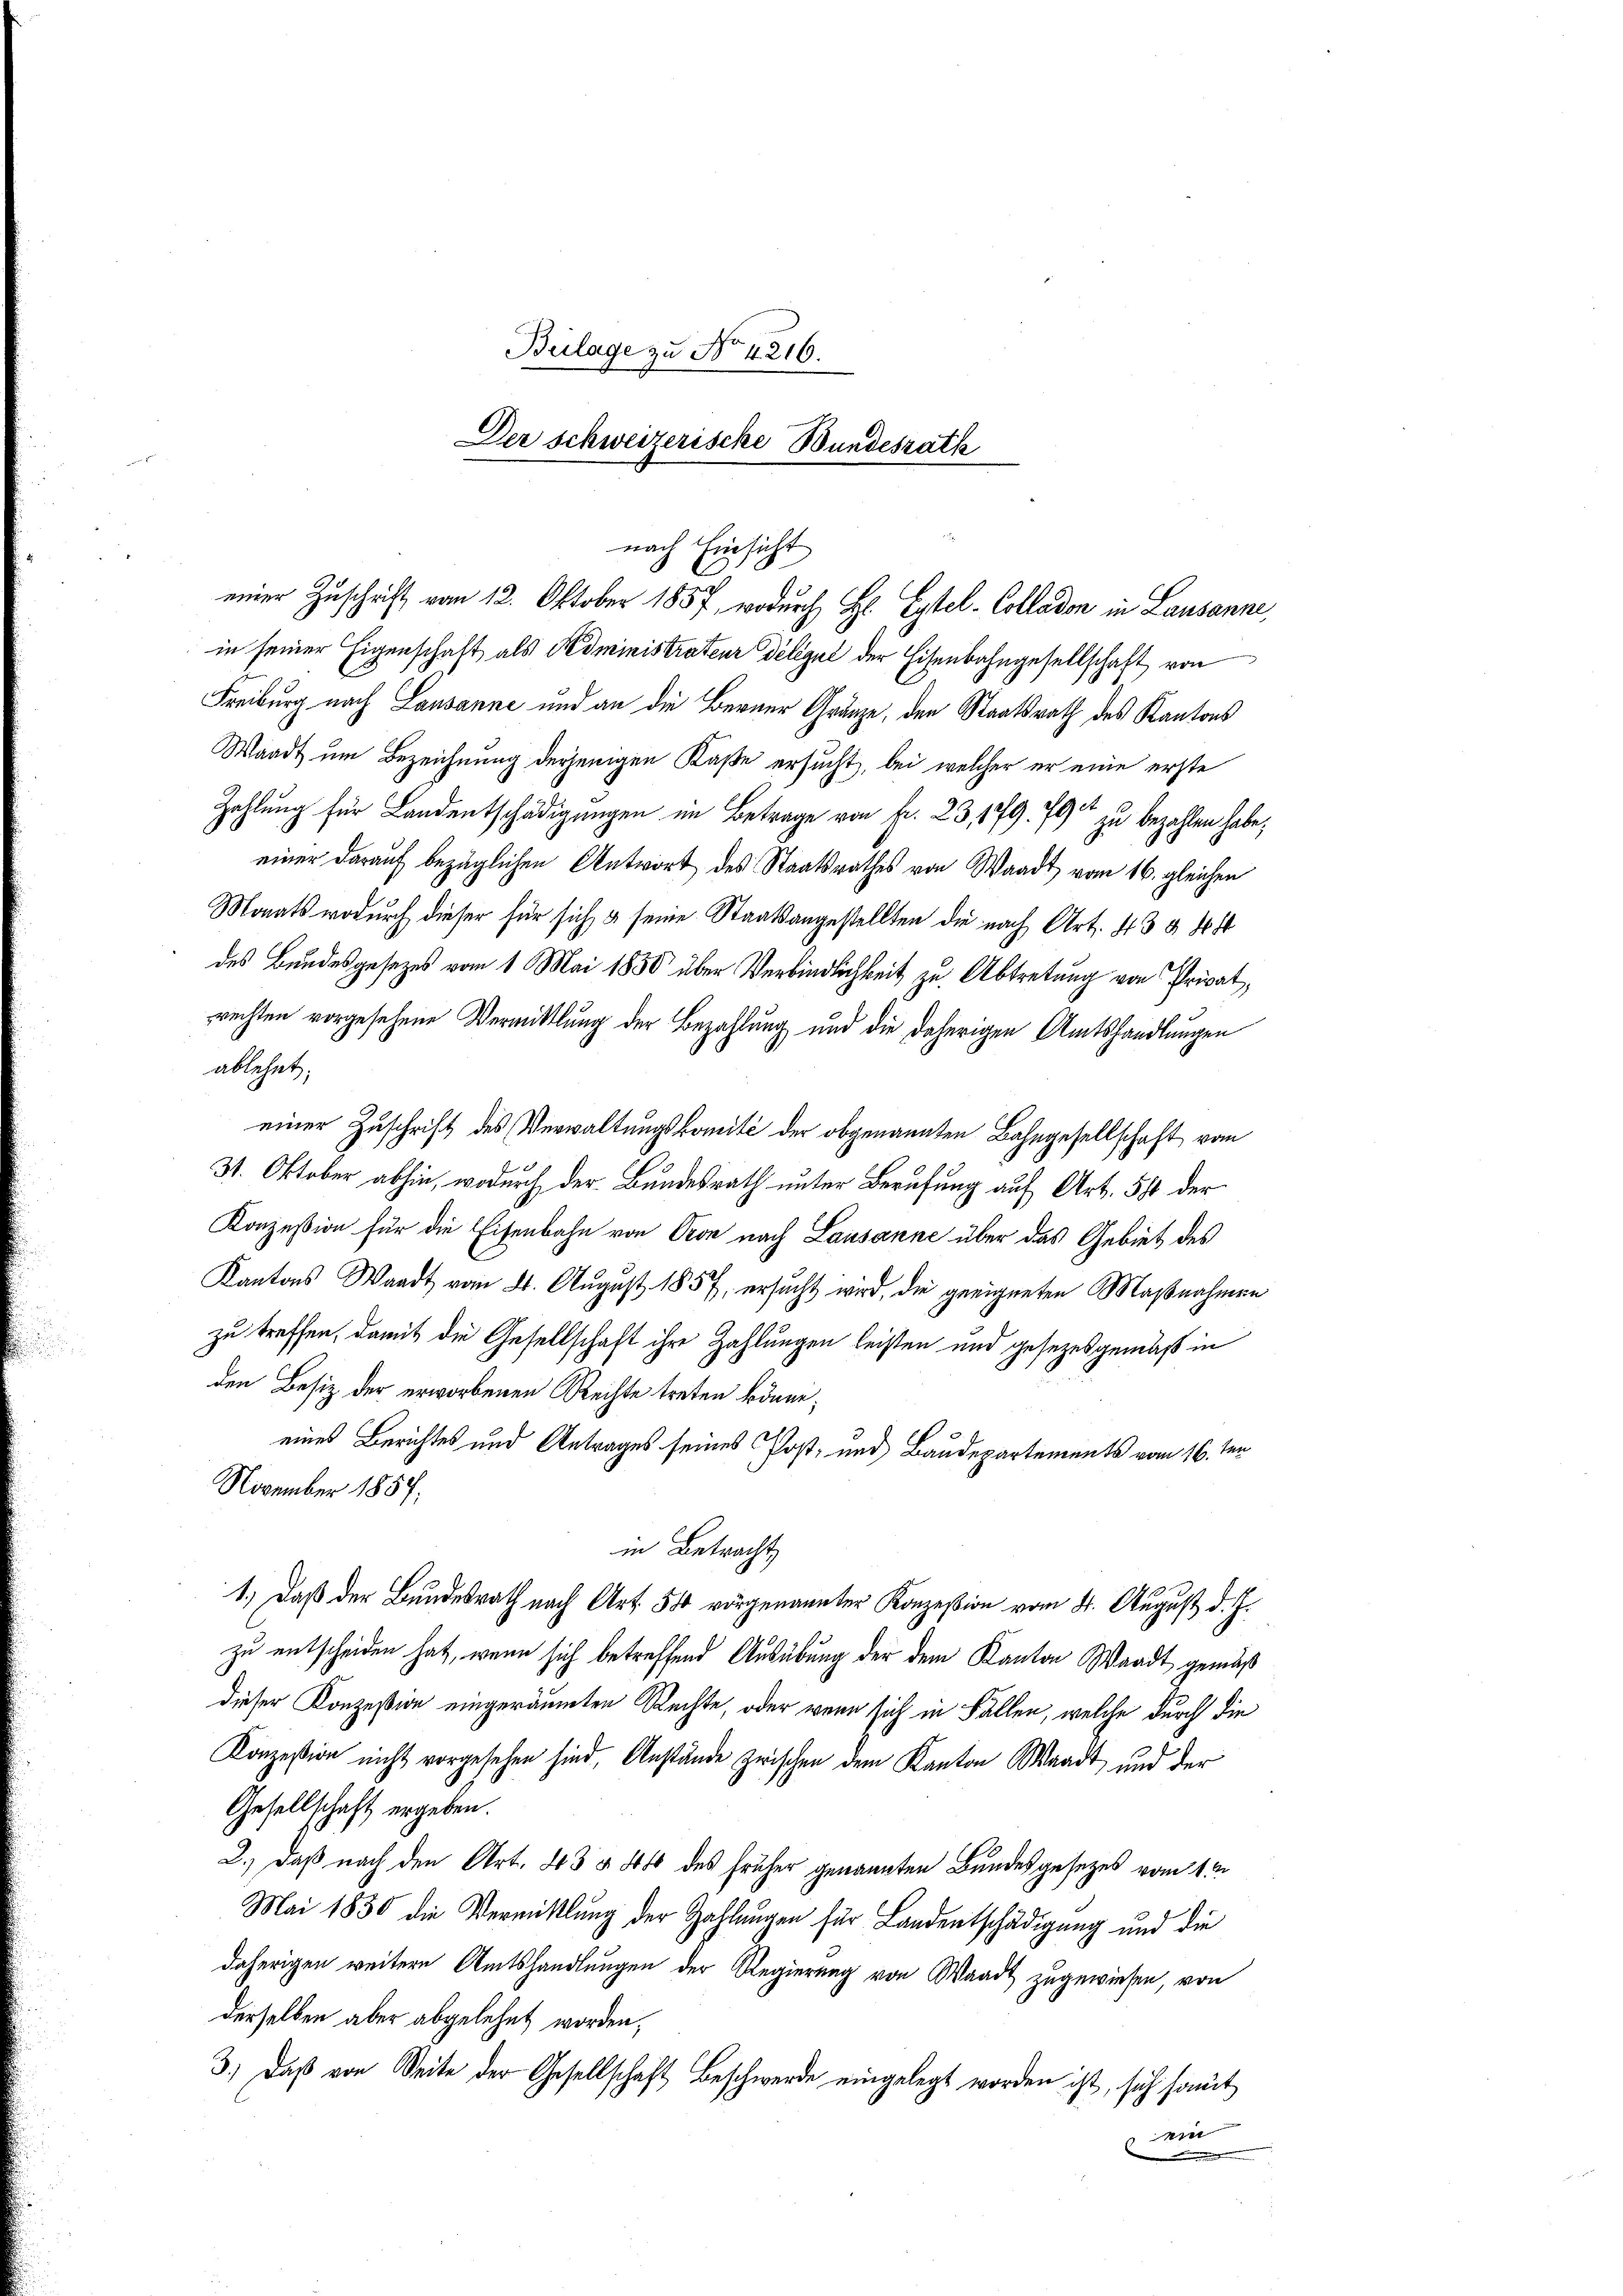
Bulage zu No 4216.
Der Schweizerische Bundesrath

nach Einsicht
einer Zuschrift vom 12. Oktober 1857, wodurch H. Eytel-Colladon in Lausanne,

in seiner Eigenschaft als Administrateur délégué der Eisenbahngesellschaft von
Freiburg nach Lausanne und an die Berner Gränze, den Staatsrath des Kantons
Waadt um Bezeichnung derjenigen Kaße ersucht, bei welcher er eine erste
Zahlung für Landentschädigungen im Betrage von Fr. 23, 179. 79
zu bezahlen habe;
einer darauf bezüglichen Antwort des Staatsrathes von Waadt vom 16. gleichen
Monats wodurch dieser für sich & seine Staatsangestellten die nach Art. 43 § 16 f
des Bundesgesezes vom 1. Mai 1850 über Verbindlichkeit zu Abtretung von Privat,
rechten vorgesehene Vermittlung der Bezahlung und die daherigen Amtshandlungen
ablehnt;
einer Zuschrift des Verwaltungskomité der obgenannten Bahngesellschaft vom
31. Oktober abhin, wodurch der Bundesrath unter Berufung auf Art. 51 der
Konzession für die Eisenbahn von Pron nach Lausanne über das Gebiet des
Kantons Waadt vom 21. August 1857, ersucht wird, die geeigneten Maßnahmen
zu treffen, damit die Gesellschaft ihre Zahlungen leisten und gesezes gemäß in
den Besiz der erworbenen Rechte treten könne,
eines Berichtes und Antrages seines Post- und Baudepartements vom 16. ten
November 1857;
in Betracht,
1.) Daß der Bundesrath nach Art. 50 vorgenannter Konzession vom 8. August d. J.
zu entscheiden hat, wenn sich betreffend Ausübung der dem Kanton Waadt gemäß
dieser Konzession eingeräumten Rechte, oder wenn sich in Fällen, welche durch die
Konzession nicht vorgesehen sind, Anstände zwischen dem Kanton Waadt und der
Gesellschaft ergeben:
2.) Daß nach den Art. 43 § 400 des früher genannten Bundesgesezes vom 4ten
Mai 1850 die Vermittlung der Zahlungen für Landentschädigung und die
daherigen weitere Amtshandlungen der Regierung von Waadt zugewiesen, von
derselben aber abgelehnt worden,
3.) Daß von Seite der Gesellschaft Beschwerde eingelegt worden ist, sich somit
ein